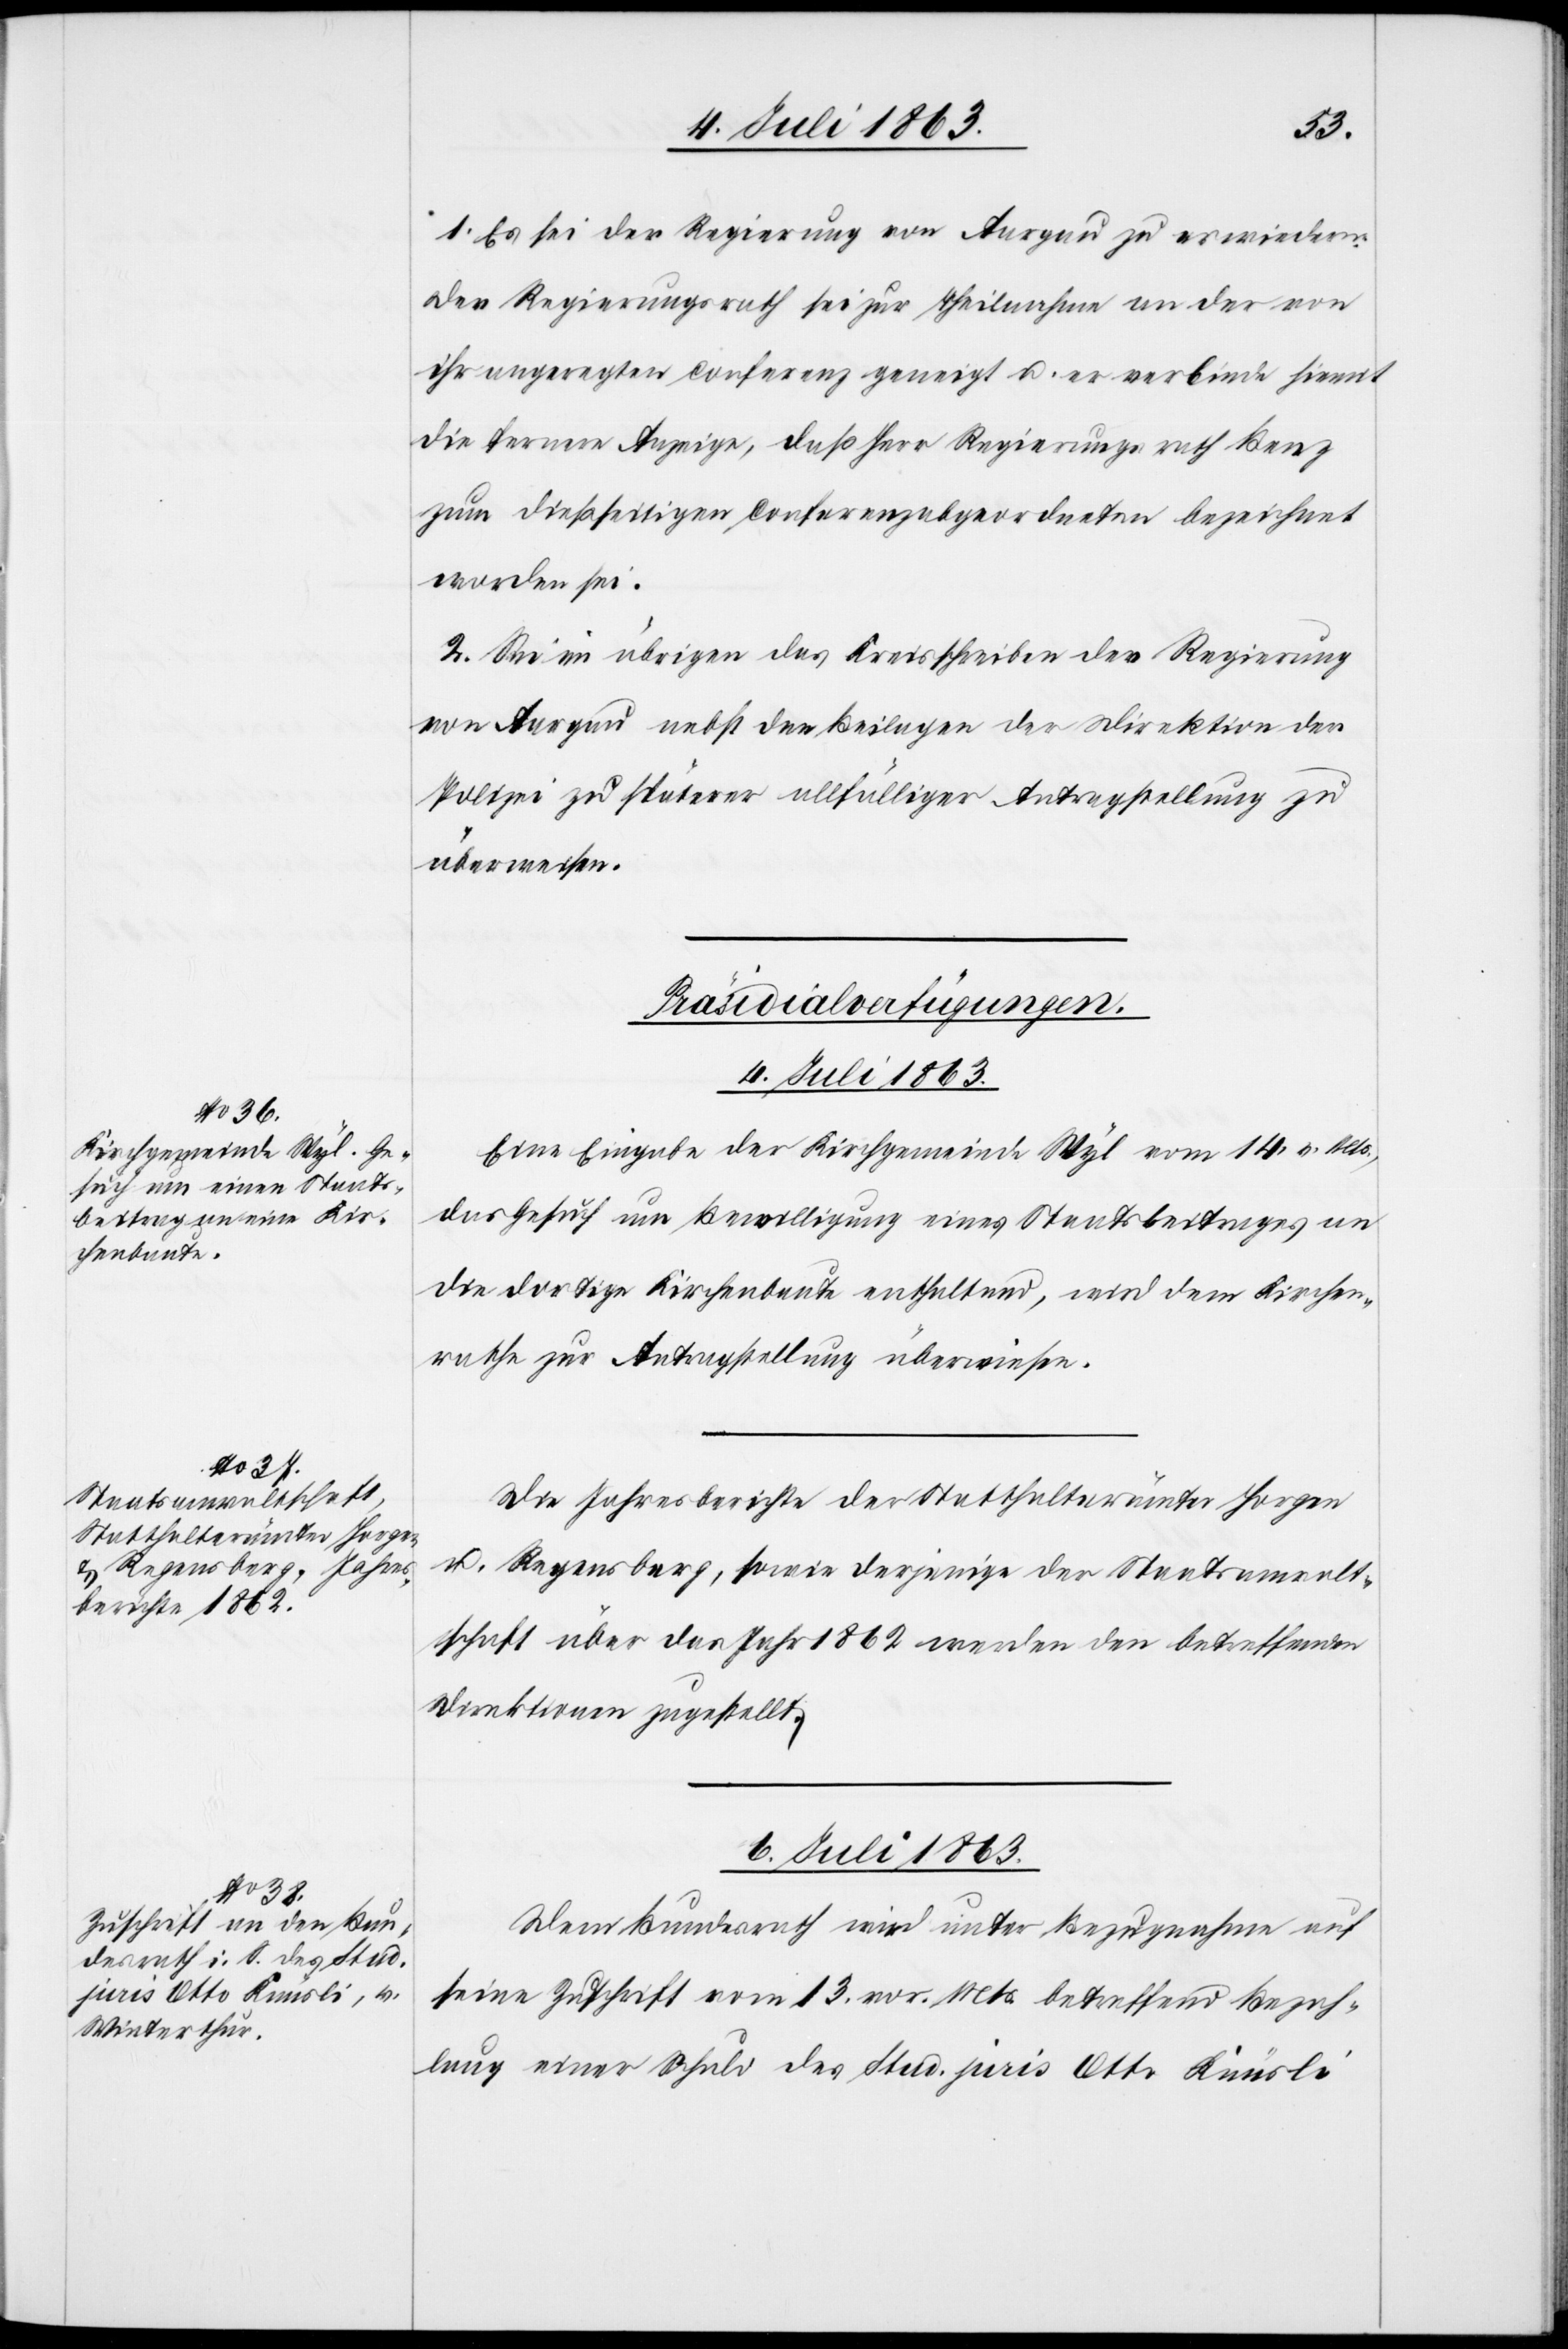
1. Es sei der Regierung von Aargau zu erwiedern:
Der Regierungsrath sei zur Theilnahme an der von
ihr angeregten Conferenz geneigt u. er verbinde hiemit
die fernere Anzeige, daß Herr Regierungsrath Benz
zum dießseitigen Conferenzabgeordneten bezeichnet
worden sei.
2. Sei im übrigen das Kreisschreiben der Regierung
von Aargau nebst den Beilagen der Direktion der
Polizei zu späterer allfälliger Antragstellung zu
überweisen.
[Präsidialverfügungen.]
Eine Eingabe der Kirchgemeinde Wyl vom 14. v. Mts.,
das Gesuch um Bewilligung eines Staatsbeitrages an
die dortige Kirchenbaute enthaltend, wird dem Kirchen¬
rathe zur Antragstellung überwiesen.
Die Jahresberichte der Statthalterämter Horgen
u. Regensberg, sowie derjenige der Staatsanwalt¬
schaft über das Jahr 1862 werden den betreffenden
Direktionen zugestellt.
6. Juli 1863.
Dem Bundesrath wird unter Bezugnahme auf
seine Zuschrift vom 13. vor. Mts. betreffend Bezah¬
lung einer Schuld des Stud. juris Otto Knüsli